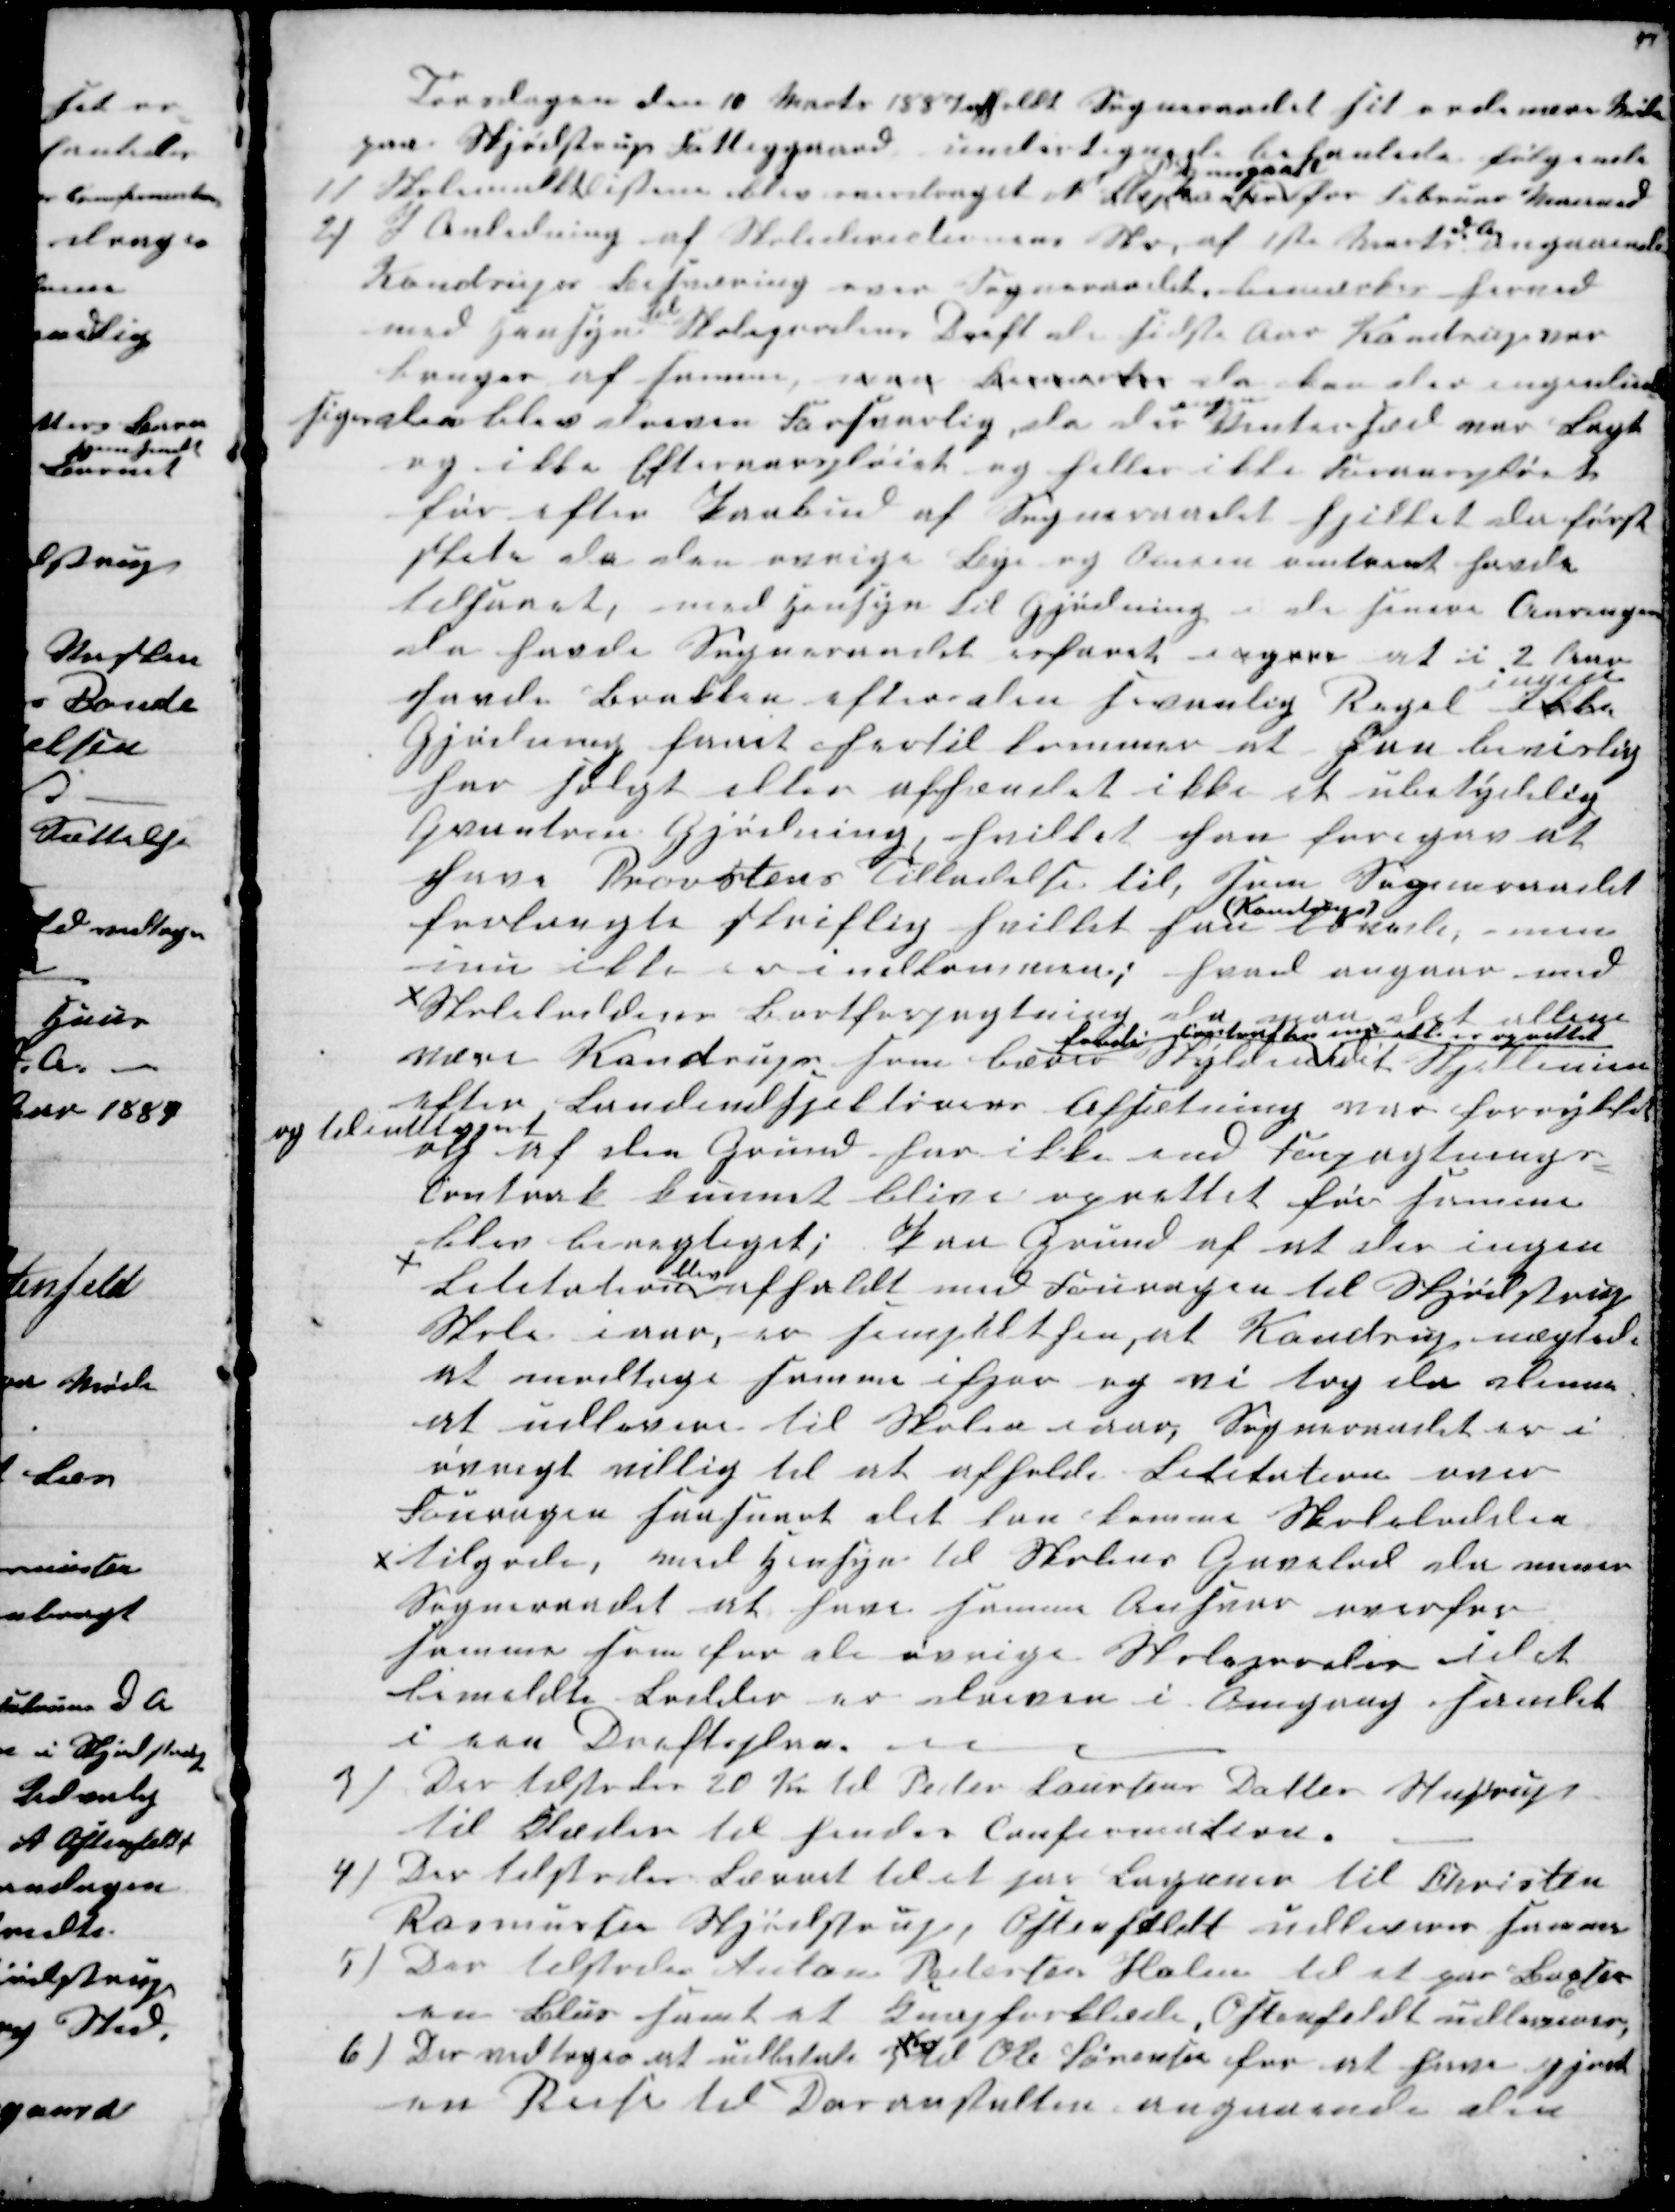
Transskription:
Torsdagen den 10 Marts 1887 afholdt Sogneraadet sit ordinære Møde
paa Skjødstrup Fattiggaard undertegnede behanlede følgende
1)
 Skolemulktlisterne blev overdraget N Stephansen
P. Damsgaard
for Februar Maaned
2)
I Anledning af Skoledirectionens Skr, af 1ste Marts 
d. A.
angaaende
Kondrups Besværing over Sogneraadet, bemærkes herved
med Hensyn 
til
Skolejordens Drift de sidste Aar Kondrup var
bruger af samme, maa bemærkes da kan der ingenlunde
siges den blev dreven Forsvarlig, da der 
ingen
Vintersæd var Lagt
og ikke Efteraarspløiet og heller ikke Foraarspløiet
før efter Paabud af Sogneraadet hvilket der først
skete da den øvrige Bye og Omein omtrent havde
tilsaaet, med Hensyn til Gjødning i de senere Aaringer
da havde Sogneraadet erfaret ingen at i 2 Aar
havde Brakken efter den sevanlig Regel ikke
ingen
Gjødning faaet hertil kommer at han bevislig
har solgt eller afhændet ikke et ubetydelig
Quantum Gjødning, hvilket han foregaa at
have Provstens Tilladelse til, som Sogneraadet
forlangte skriflig hvilket han
(Kondrup)
lovede, men
inu ikke er indkommen; hvad angaar med
x Skoleloddens Bortforpagtning da maa det allene
være Kondrup som bærer Skjylden
fordi Contrakten var  oprettet
at Skjellinien
efter Landindspektørens Afsætning var forrykket
og tilintetgjort
og af den Grund har ikke end Forpagtnings-
Contrak kunnet blive oprettet før samme
blev berigtiget; Paa Grund af at der ingen
Lititation
blev
afholdt med Fouragen til Skjødstrup
Skole iaar, er simpelthen, at Kondrup nægtede
at modtage samme ifjor og vi tog da denne
at udlevere til Skolen iaar, Sogneraadet er i
øvrigt villig til at afholde Lititation over
Fouragen saasnart det kan komme Skolelodden
x tilgode, med Hensyn til Skolens Gaarlod da mener
Sogneraadet at have samme Ansvar overfor
samme som for de øvrige Skolejorder idet
bemeldte Lodder er dreven i Omgang samlet
i een Driftsplan.
3) Der tilstodes 20 Kr til Peder Laursens Datter Stustrup
til Klæder til hendes Confirmation.
4) Der tilstodes Lærred til et par Lagener til Christen
Rasmussen Skjødstrup, Ostenfeldt udleverer samme
5) Der tilstodes Anton Pedersen Holm til et par Buxser
en Blus samt et Knapforklæde, Ostenfeldt udleverer,
6) Der vedtoges at udbetale 3
Kr
til Ole Sørensen for at have gjord
en Reise til Doranstalten angaaende den